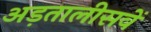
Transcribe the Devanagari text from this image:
अड़तालीसवें